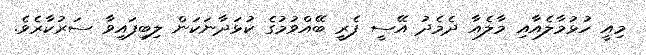
މިއީ ހުޅުމާލެއާއި މާލެއާ ދެމެދު އޭސީ ފެރީ ބޭއްވުމުގެ ކުޅަދާނަކަން ލިބިފައިވާ ސަރުކާރެވެ.